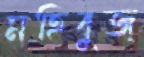
মহিবুজ্